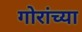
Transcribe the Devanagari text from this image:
गोरांच्या